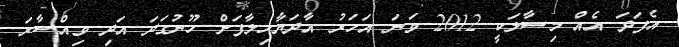
އެފަދަ އެއް މިސާލަކީ 2012 ވަނަ އަހަރު އާދަޔާޚިލާފަށް ހޫނުގަދަ އަދި ވިއްސާރަ